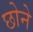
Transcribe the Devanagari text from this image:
छोने